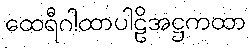
ထေရီဂါထာပါဠိအဋ္ဌကထာ